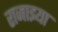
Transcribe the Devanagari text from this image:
राजाइया